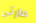
مارتى